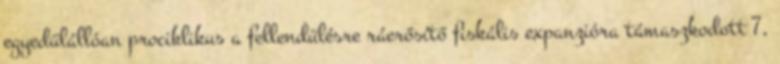
egyedülállóan prociklikus a fellendülésre ráerősítő fiskális expanzióra támaszkodott 7,